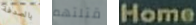
بالصدفة قتلتهم Home